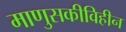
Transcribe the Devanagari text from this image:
माणुसकीविहीन